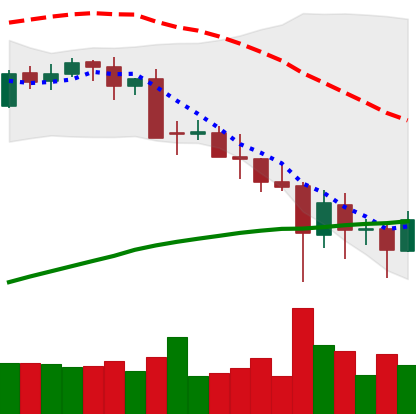
Ticker: BTC-USD
Chart end date: 2021-05-24
Forward return: -10.567%
Label: down_7plus